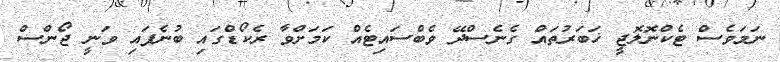
ނަމަވެސް ޓެކްނޮލޮޖީ ޚަބަރުތައް ގެނެސްދޭ ވެބްސައިޓެއް ކަމަށްވާ ރެކޯޑްގައި ބުނެފައި ވަނީ ޖޯންސް